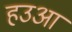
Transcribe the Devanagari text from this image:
हउआ